Document type: Sale
Year: 1423
Scribe: Joan Franc
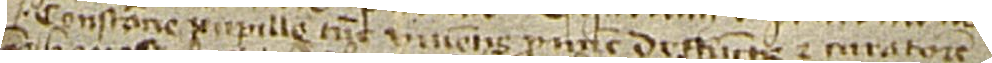
Constancie pupille, tunc viventis, pro nunc deffuncte, et curatorem